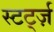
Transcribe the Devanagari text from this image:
स्टर्ट्ज़